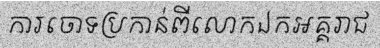
ការចោទប្រកាន់ពីលោកឯកអគ្គរាជ